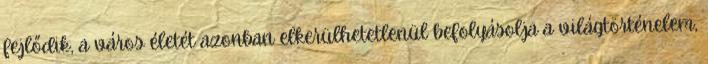
fejlődik, a város életét azonban elkerülhetetlenül befolyásolja a világtörténelem,